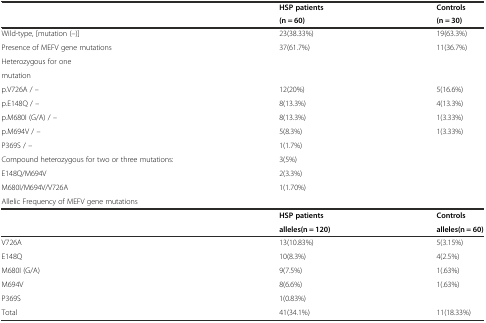
| <ROWSPAN=2>  | HSP patients | Controls |
 | (n = 60) | (n = 30) |
 | --- | --- | --- |
 | Wild-type, [mutation (–)] | 23(38.33%) | 19(63.3%) |
 | Presence of MEFV gene mutations | 37(61.7%) | 11(36.7%) |
 | Heterozygous for one |  |  |
 | mutation |  |  |
 | p.V726A / – | 12(20%) | 5(16.6%) |
 | p.E148Q / – | 8(13.3%) | 4(13.3%) |
 | p.M680I (G/A) / – | 8(13.3%) | 1(3.33%) |
 | p.M694V / – | 5(8.3%) | 1(3.33%) |
 | P369S / – | 1(1.7%) |  |
 | Compound heterozygous for two or three mutations: | 3(5%) |  |
 | E148Q/M694V | 2(3.3%) |  |
 | M680I/M694V/V726A | 1(1.70%) |  |
 | <COLSPAN=3> Allelic Frequency of MEFV gene mutations |
 | <ROWSPAN=2>  | HSP patients | Controls |
 | alleles(n = 120) | alleles(n = 60) |
 | V726A | 13(10.83%) | 5(3.15%) |
 | E148Q | 10(8.3%) | 4(2.5%) |
 | M680I (G/A) | 9(7.5%) | 1(.63%) |
 | M694V | 8(6.6%) | 1(.63%) |
 | P369S | 1(0.83%) |  |
 | Total | 41(34.1%) | 11(18.33%) |